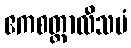
ဧကစတ္တာလီသမံ